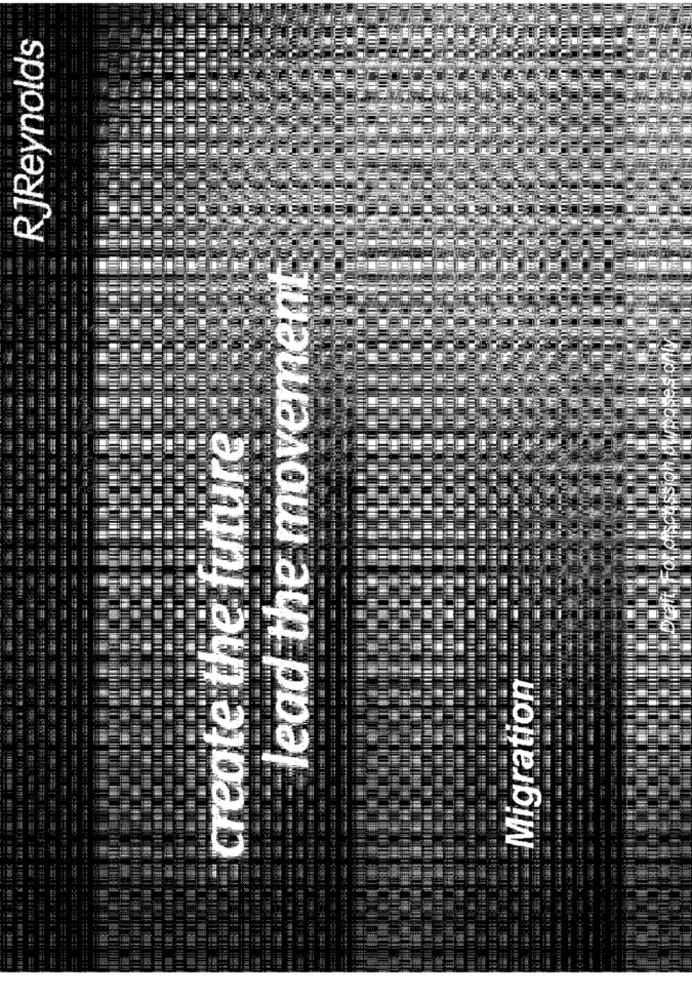
RJReynolds
lead the movement
"Draft. For discassign Awposes only.
create the future
Migration